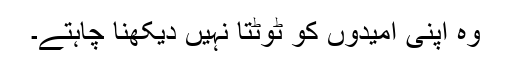
وہ اپنی امیدوں کو ٹوٹتا نہیں دیکھنا چاہتے۔